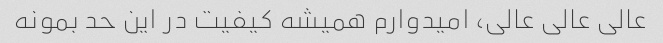
عالی عالی عالی، امیدوارم همیشه کیفیت در این حد بمونه